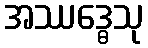
အဿဒ္ဓေသု